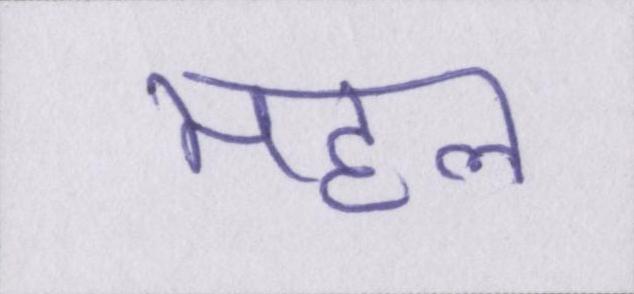
महल